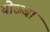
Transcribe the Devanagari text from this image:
योऊबा